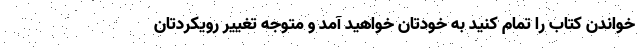
خواندن کتاب را تمام کنید به خودتان خواهید آمد و متوجه تغییر رویکردتان